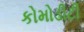
કોમોડીટી